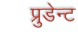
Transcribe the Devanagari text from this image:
प्रुडेन्ट